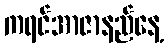
ကရင်အာဇာနည်နေ့